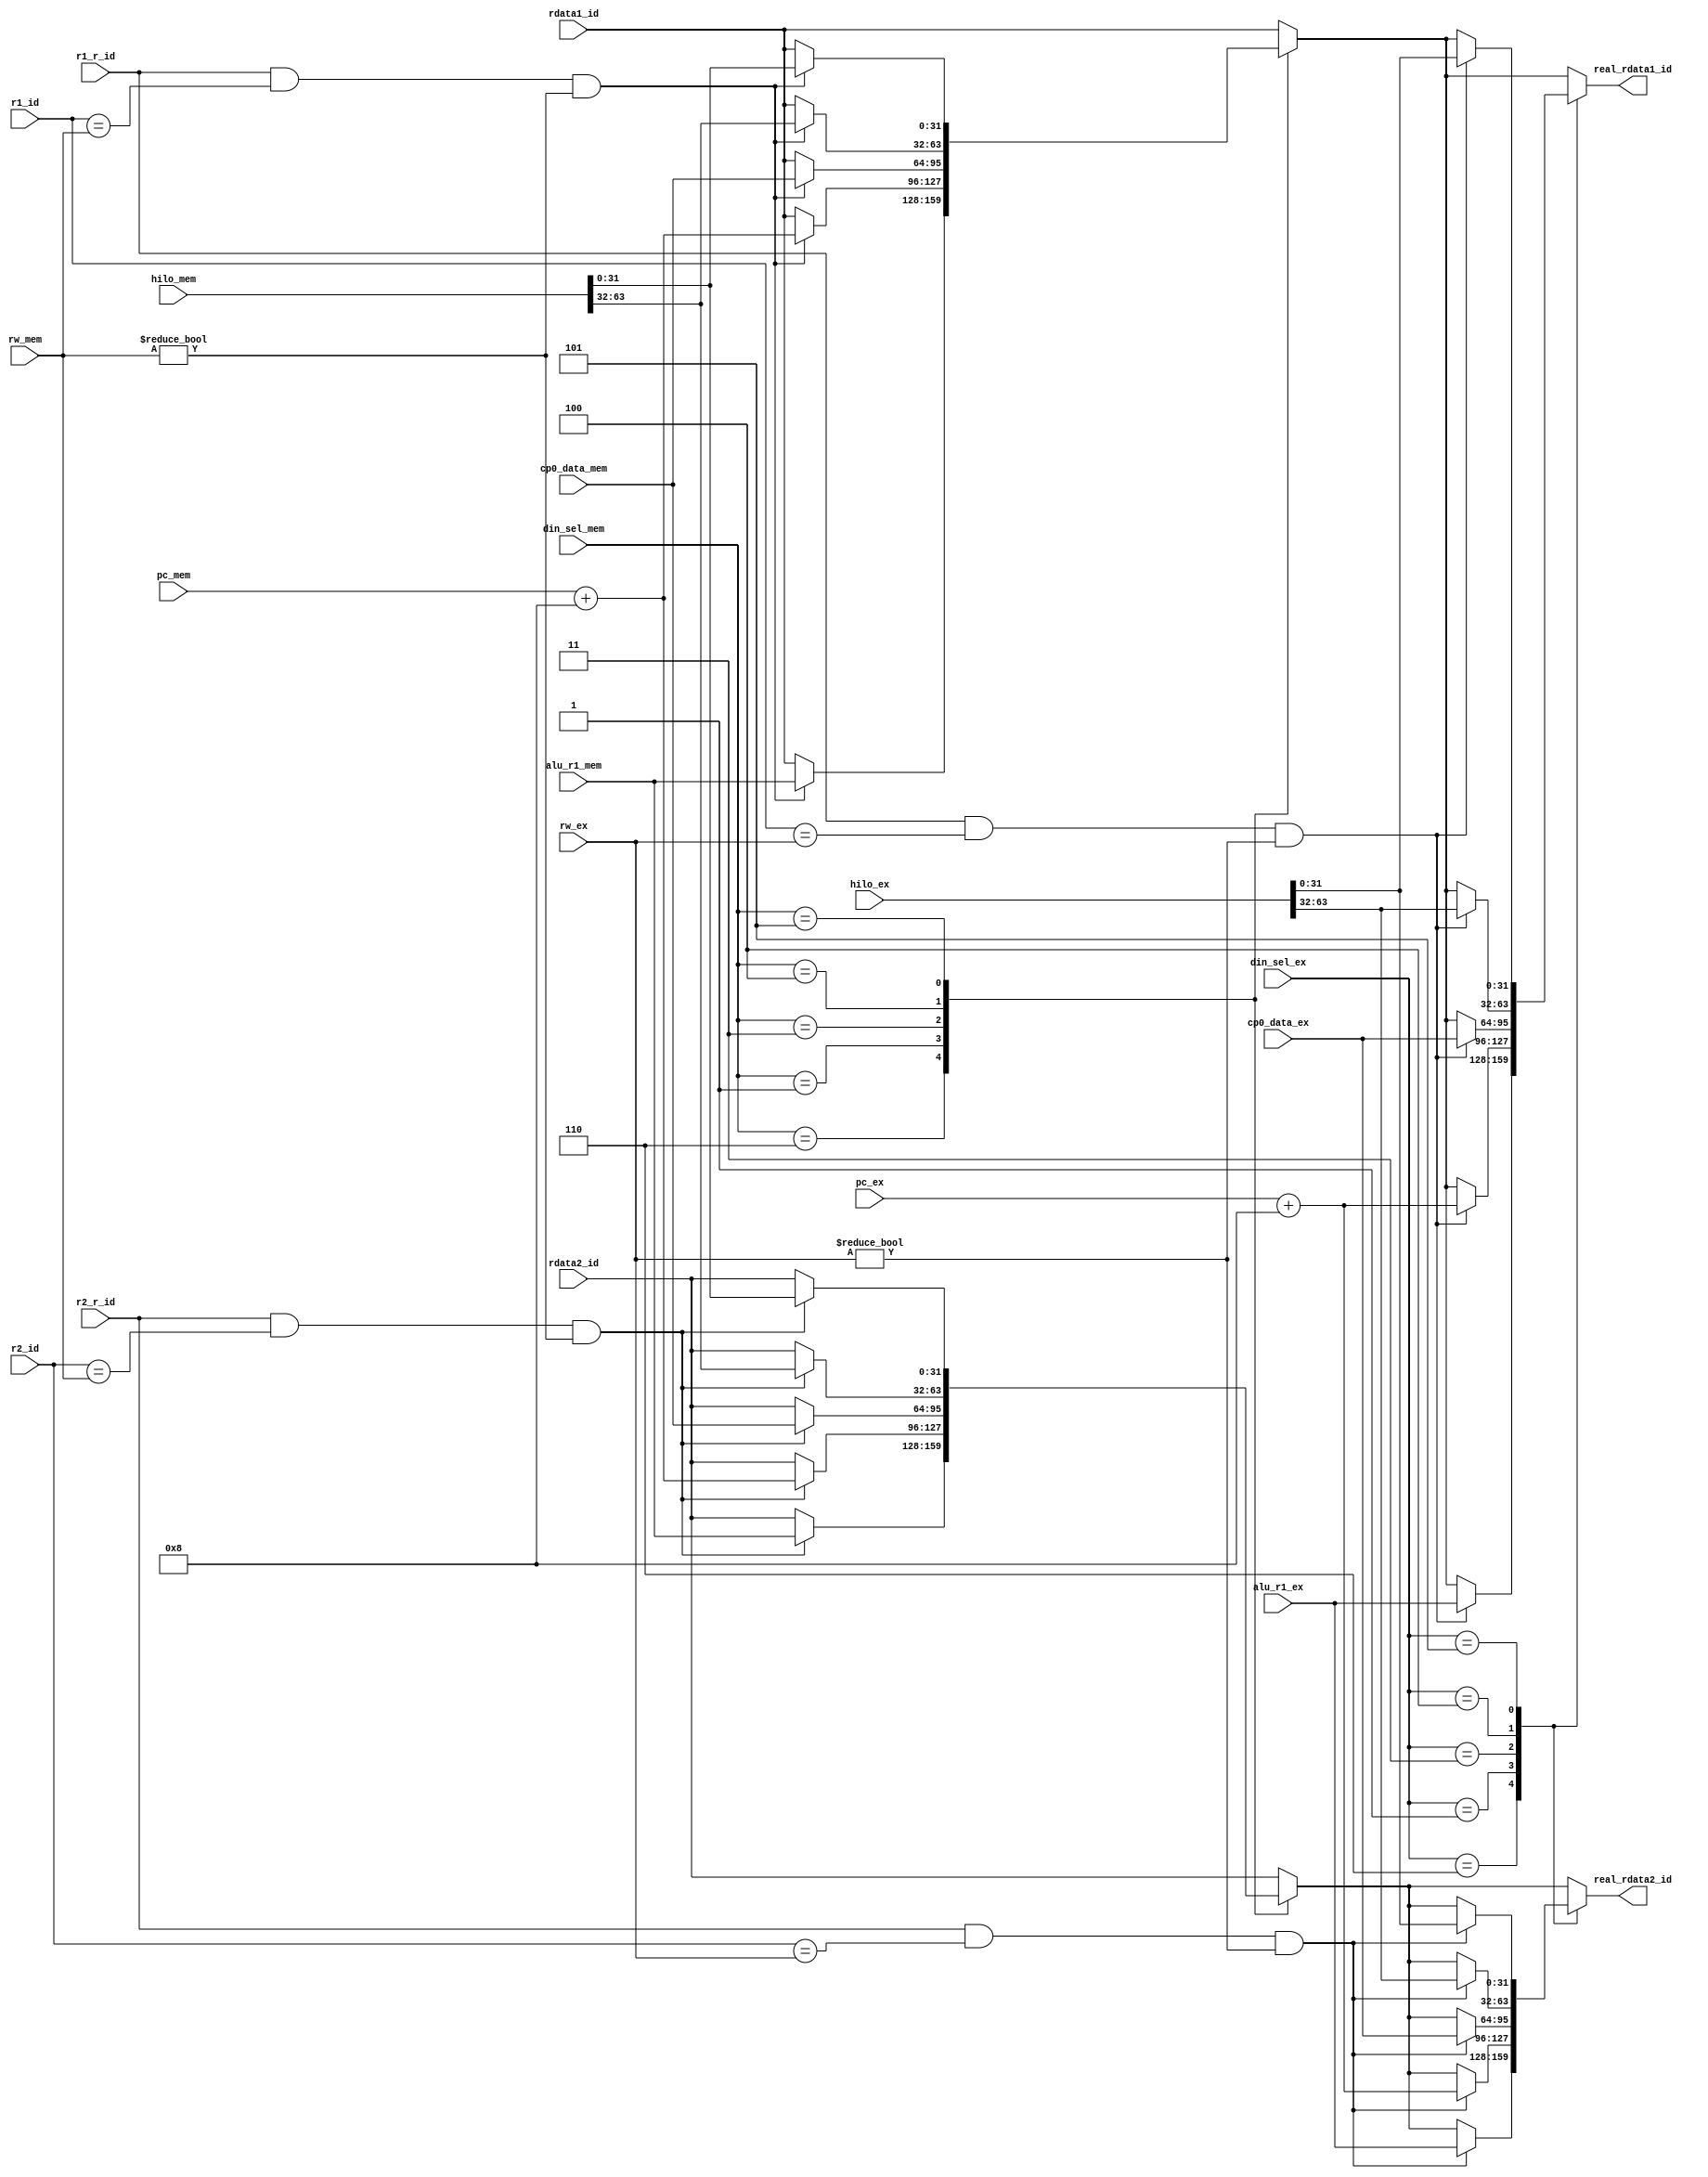
/*
**	
**	
**	
*/

module redirect_reg_id (
	input [31:0]			rdata1_id,
	input [31:0]			rdata2_id,
	input [31:0]			alu_r1_ex,
	input [31:0]			alu_r1_mem,
	input [63:0]			hilo_ex,
	input [63:0]			hilo_mem,
	input [31:0]			cp0_data_ex,
	input [31:0]			cp0_data_mem,
	input [31:0]			pc_ex,
	input [31:0]			pc_mem,
	input 					r1_r_id,
	input 					r2_r_id,
	input [4:0]				r1_id,
	input [4:0]				r2_id,
	input [2:0]				din_sel_ex,
	input [2:0]				din_sel_mem,
	input [4:0]				rw_ex,
	input [4:0]				rw_mem,

	output reg [31:0]		real_rdata1_id,
	output reg [31:0]		real_rdata2_id
);
	
	wire r_eq_w[3:0];
	assign r_eq_w[3] = r1_r_id & (r1_id==rw_ex) & (rw_ex!=0);
	assign r_eq_w[2] = r2_r_id & (r2_id==rw_ex) & (rw_ex!=0);
	assign r_eq_w[1] = r1_r_id & (r1_id==rw_mem) & (rw_mem!=0);
	assign r_eq_w[0] = r2_r_id & (r2_id==rw_mem) & (rw_mem!=0);

	always @(*) begin
		real_rdata1_id <= rdata1_id;
		real_rdata2_id <= rdata2_id;
		
		case(din_sel_mem)
			3'b110: begin
				if(r_eq_w[1]) begin
					real_rdata1_id <= alu_r1_mem;
				end
				//else
				//	real_rdata1_id <= real_rdata1_id;
					
				if(r_eq_w[0]) begin
					real_rdata2_id <= alu_r1_mem;
				end
				//else
				//	real_rdata2_id <= real_rdata2_id;
			end
			
			3'b001: begin
				if(r_eq_w[1]) begin
					real_rdata1_id <= pc_mem + 8;
				end
				//else
				//	real_rdata1_id <= real_rdata1_id;
					
				if(r_eq_w[0]) begin
					real_rdata2_id <= pc_mem + 8;
				end
				//else
				//	real_rdata2_id <= real_rdata2_id;
			end
			
			// 3'b010: dmout
			3'b011: begin
				if(r_eq_w[1]) begin
					real_rdata1_id <= cp0_data_mem;
				end
				//else
				//	real_rdata1_id <= real_rdata1_id;
					
				if(r_eq_w[0]) begin
					real_rdata2_id <= cp0_data_mem;
				end
				//else
				//	real_rdata2_id <= real_rdata2_id;
			end
			
			3'b100: begin
				if(r_eq_w[1]) begin
					real_rdata1_id <= hilo_mem[63:32];
				end
				//else
				//	real_rdata1_id <= real_rdata1_id;
					
				if(r_eq_w[0]) begin
					real_rdata2_id <= hilo_mem[63:32];
				end
				//else
				//	real_rdata2_id <= real_rdata2_id;
			end
			
			3'b101: begin
				if(r_eq_w[1]) begin
					real_rdata1_id <= hilo_mem[31:0];
				end
				//else
				//	real_rdata1_id <= real_rdata1_id;
					
				if(r_eq_w[0]) begin
					real_rdata2_id <= hilo_mem[31:0];
				end
				//else
				//	real_rdata2_id <= real_rdata2_id;
			end
		endcase

		case(din_sel_ex)
			3'b110: begin
				if(r_eq_w[3]) begin
					real_rdata1_id <= alu_r1_ex;
				end
				//else
				//	real_rdata1_id <= real_rdata1_id;
					
				if(r_eq_w[2]) begin
					real_rdata2_id <= alu_r1_ex;
				end
				//else
				//	real_rdata2_id <= real_rdata2_id;
			end
			
			3'b001: begin
				if(r_eq_w[3]) begin
					real_rdata1_id <= pc_ex + 8;
				end
				//else
				//	real_rdata1_id <= real_rdata1_id;
					
				if(r_eq_w[2]) begin
					real_rdata2_id <= pc_ex + 8;
				end
				//else
				//	real_rdata2_id <= real_rdata2_id;
			end
			
			// 3'b010: dmout
			3'b011: begin
				if(r_eq_w[3]) begin
					real_rdata1_id <= cp0_data_ex;
				end
				//else
				//	real_rdata1_id <= real_rdata1_id;
					
				if(r_eq_w[2]) begin
					real_rdata2_id <= cp0_data_ex;
				end
				//else
				//	real_rdata2_id <= real_rdata2_id;
			end
			
			3'b100: begin
				if(r_eq_w[3]) begin
					real_rdata1_id <= hilo_ex[63:32];
				end
				//else
				//	real_rdata1_id <= real_rdata1_id;
					
				if(r_eq_w[2]) begin
					real_rdata2_id <= hilo_ex[63:32];
				end
				//else
				//	real_rdata2_id <= real_rdata2_id;
			end
			
			3'b101: begin
				if(r_eq_w[3]) begin
					real_rdata1_id <= hilo_ex[31:0];
				end
				//else
				//	real_rdata1_id <= real_rdata1_id;
					
				if(r_eq_w[2]) begin
					real_rdata2_id <= hilo_ex[31:0];
				end
				//else
				//	real_rdata2_id <= real_rdata2_id;
			end
		endcase
		
	end
	
endmodule